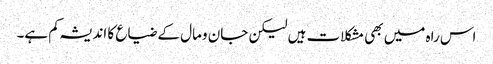
اس راہ میں بھی مشکلات ہیں لیکن جان ومال کے ضیاع کا اندیشہ کم ہے۔